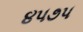
૪૫૭૫